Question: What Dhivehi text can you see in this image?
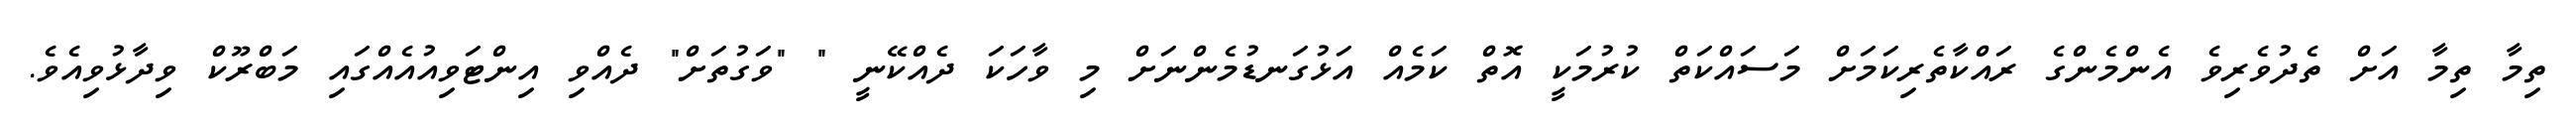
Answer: ތިމާ ތިމާ އަށް ތެދުވެރިވެ އެންމެންގެ ރައްކާތެރިކަމަށް މަސައްކަތް ކުރުމަކީ އޮތް ކަމެއް އަޅުގަނޑުމެންނަށް މި ވާހަކަ ދެއްކޭނީ " "ވަގުތަށް" ދެއްވި އިންޓަވިއުއެއްގައި މަބްރޫކް ވިދާޅުވިއެވެ.